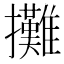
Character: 攤